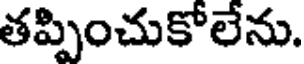
తప్పించుకోలేను.